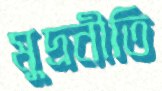
মুদ্রনীতি